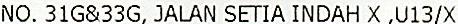
NO. 31G&33G, JALAN SETIA INDAH X ,U13/X